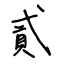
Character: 貳